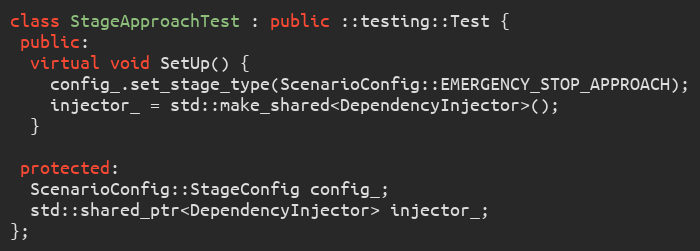
Language: C++
class StageApproachTest : public ::testing::Test {
 public:
  virtual void SetUp() {
    config_.set_stage_type(ScenarioConfig::EMERGENCY_STOP_APPROACH);
    injector_ = std::make_shared<DependencyInjector>();
  }

 protected:
  ScenarioConfig::StageConfig config_;
  std::shared_ptr<DependencyInjector> injector_;
};